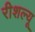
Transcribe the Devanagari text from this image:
रीशल्यू